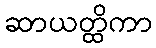
ဆာယတ္ထိကာ